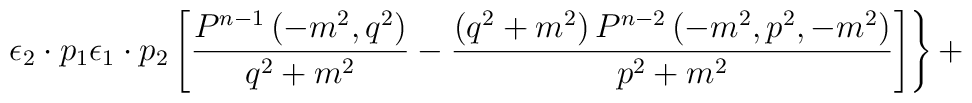
\left.{{\epsilon}_2 \cdot p_1 {\epsilon}_1 \cdot p_2 \left[\frac {P^{n-1}\left(-m^2,q^2\right)} {q^2+m^2} - \frac {\left(q^2+m^2\right) P^{n-2} \left(-m^2,p^2,-m^2\right)} {p^2+m^2} \right]}\right\} +